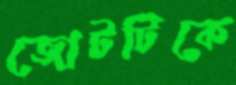
জোটটিকে